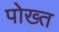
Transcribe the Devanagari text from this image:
पोख्त